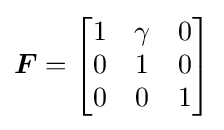
{\boldsymbol {F}}={\begin{bmatrix}1&\gamma &0\\0&1&0\\0&0&1\end{bmatrix}}